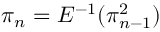
\pi _ { n } = E ^ { - 1 } ( \pi _ { n - 1 } ^ { 2 } )